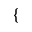
\{